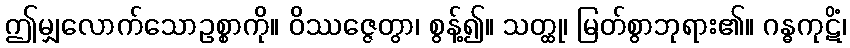
ဤမျှလောက်သောဥစ္စာကို။ ဝိဿဇ္ဇေတွာ၊ စွန့်၍။ သတ္ထု၊ မြတ်စွာဘုရား၏။ ဂန္ဓကုဋိံ၊